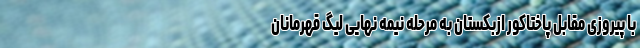
با پیروزی مقابل پاختاکور ازبکستان به مرحله نیمه نهایی لیگ قهرمانان